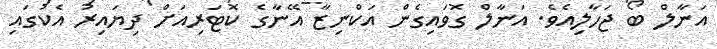
އަނާލް ބޯ ޖަހާލިއެވެ. އަނާލް ގޮވައިގެން އަކްނިޒާ އޭނާގެ ކޮޓަރިއަށް ދިޔައިރު އެކުގައި